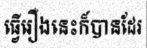
ធ្វើរឿងនេះក៏បានដែរ